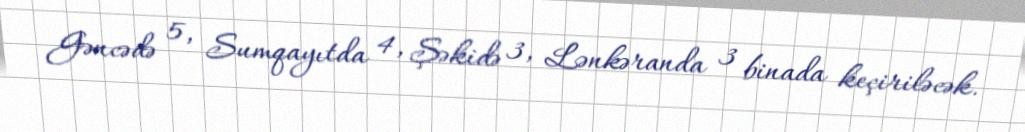
Gəncədə 5, Sumqayıtda 4, Şəkidə 3, Lənkəranda 3 binada keçiriləcək.